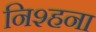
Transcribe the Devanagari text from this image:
निश्हना